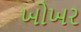
ખોખર